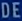
DEEDED